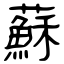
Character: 蘇